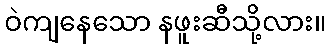
ဝဲကျနေသော နဖူးဆီသို့လား။